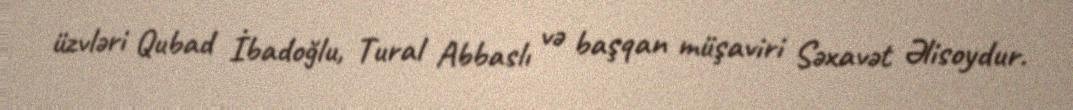
üzvləri Qubad İbadoğlu, Tural Abbaslı və başqan müşaviri Səxavət Əlisoydur.